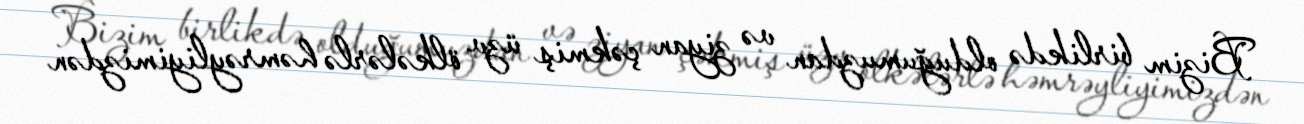
Bizim birlikdə olduğumuzdan və ziyan çəkmiş üzv ölkələrlə həmrəyliyimizdən